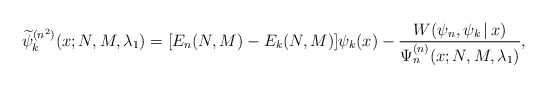
\begin{gather*} \widetilde{\psi }_{k}^{( n^{2}) }(x;N,M,\lambda _{1})=[ E_{n}(N,M) -E_{k}(N,M) ] \psi _{k}( x) -\frac{W(\psi _{n},\psi _{k}\,|\, x)}{\Psi _{n}^{(n) }(x;N,M,\lambda _{1})},\end{gather*}